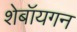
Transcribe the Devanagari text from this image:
शेबॉयगन